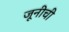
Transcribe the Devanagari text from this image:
जूनीची